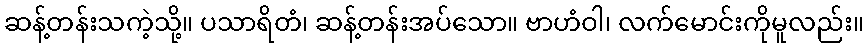
ဆန့်တန်းသကဲ့သို့။ ပသာရိတံ၊ ဆန့်တန်းအပ်သော။ ဗာဟံဝါ၊ လက်မောင်းကိုမူလည်း။